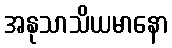
အနုသာသိယမာနော